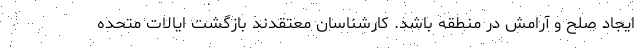
ایجاد صلح و آرامش در منطقه باشد. کارشناسان معتقدند بازگشت ایالات متحده